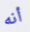
أنه